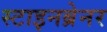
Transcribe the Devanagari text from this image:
स्टाइनब्रेनर